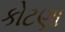
કોટણા